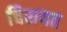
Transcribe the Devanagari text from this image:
चिरायत